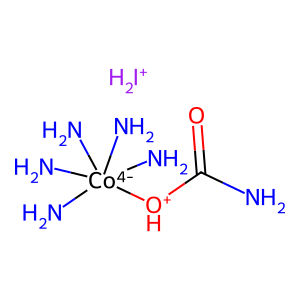
SMILES: NC(=O)[OH+][Co-4](N)(N)(N)(N)N.[IH2+]
Inhibits HIV replication: No